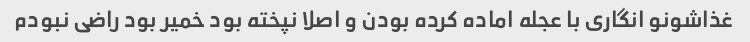
غذاشونو انگاری با عجله اماده کرده بودن و اصلا نپخته بود خمیر بود راضی نبودم